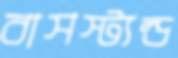
বাসস্ট্যন্ড